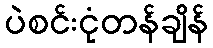
ပဲစင်းငုံတန်ချိန်